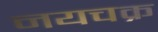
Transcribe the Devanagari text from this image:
नयचक्र